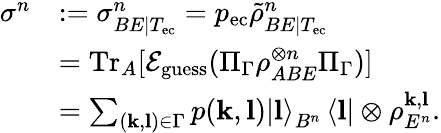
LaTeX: \begin{array}{rl}{\sigma^{n}}&{:=\sigma_{BE|T_{\mathrm{ec}}}^{n}=p_{\mathrm{ec}}\tilde{\rho}_{BE|T_{\mathrm{ec}}}^{n}}\\ &{=\mathrm{Tr}_{A}[\mathcal{E}_{\mathrm{guess}}(\Pi_{\Gamma}\rho_{ABE}^{\otimes n}\Pi_{\Gamma})]}\\ &{=\sum_{(\mathbf{k},\mathbf{l})\in\Gamma}p(\mathbf{k},\mathbf{l})\left\vert\mathbf{l}\right\rangle_{B^{n}}\left\langle\mathbf{l}\right\vert\otimes\rho_{E^{n}}^{\mathbf{k},\mathbf{l}}.}\end{array}